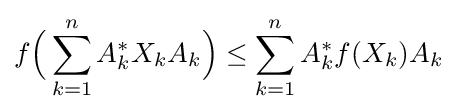
f{\Bigl (}\sum _{k=1}^{n}A_{k}^{*}X_{k}A_{k}{\Bigr )}\leq \sum _{k=1}^{n}A_{k}^{*}f(X_{k})A_{k}